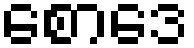
စောဒေ